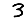
Digit: 3